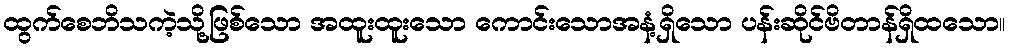
ထွက်စေဘိသကဲ့သို့ဖြစ်သော အထူးထူးသော ကောင်းသောအနံ့ရှိသော ပန်းဆိုင်ဗိတာန်ရှိထသော။